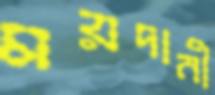
ময়দানী